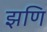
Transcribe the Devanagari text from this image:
झणि